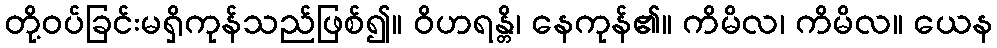
တို့ဝပ်ခြင်းမရှိကုန်သည်ဖြစ်၍။ ဝိဟရန္တိ၊ နေကုန်၏။ ကိမိလ၊ ကိမိလ။ ယေန